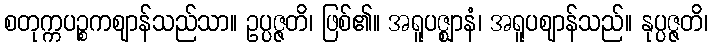
စတုက္ကပဉ္စကဈာန်သည်သာ။ ဥပ္ပဇ္ဇတိ၊ ဖြစ်၏။ အရူပဇ္ဈာနံ၊ အရူပဈာန်သည်။ နုပ္ပဇ္ဇတိ၊